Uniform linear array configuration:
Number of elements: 64
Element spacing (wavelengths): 1
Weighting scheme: exponential
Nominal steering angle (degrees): -45
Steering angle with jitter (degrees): -46.108
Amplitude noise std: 0.05
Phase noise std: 0.05

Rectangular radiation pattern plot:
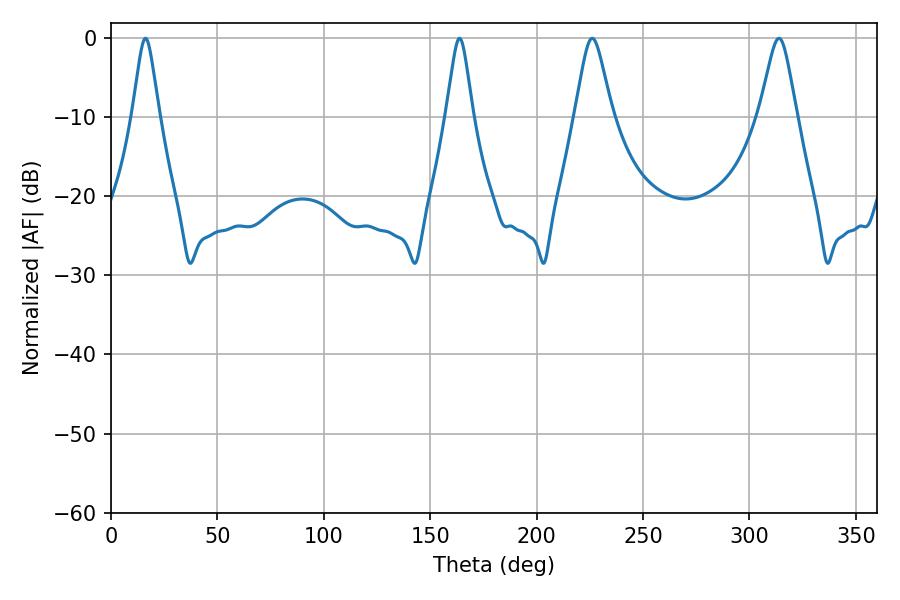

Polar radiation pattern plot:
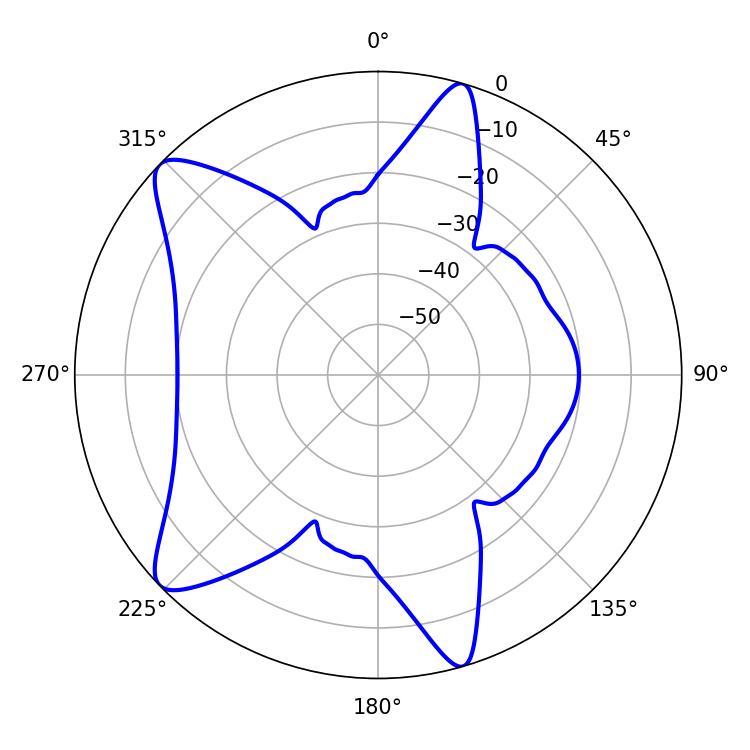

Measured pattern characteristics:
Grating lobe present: TRUE
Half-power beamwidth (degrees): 5.94
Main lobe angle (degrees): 16.2